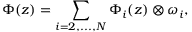
\Phi ( z ) = \sum _ { i = 2 , . . . , N } \Phi _ { i } ( z ) \otimes \omega _ { i } ,